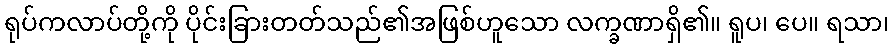
ရုပ်ကလာပ်တို့ကို ပိုင်းခြားတတ်သည်၏အဖြစ်ဟူသော လက္ခဏာရှိ၏။ ရူပ၊ ပေ။ ရသာ၊